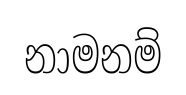
නාමනම්